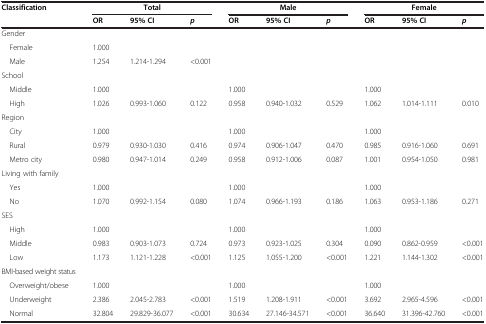
<table><thead><tr><td><b>Classification</b></td><td colspan="3"><b>Total</b></td><td colspan="3"><b>Male</b></td><td colspan="3"><b>Female</b></td></tr><tr><td><b> </b></td><td><b>OR</b></td><td><b>95% CI</b></td><td><b><i>p</i></b></td><td><b>OR</b></td><td><b>95% CI</b></td><td><b><i>p</i></b></td><td><b>OR</b></td><td><b>95% CI</b></td><td><b><i>p</i></b></td></tr></thead><tbody><tr><td>Gender</td><td> </td><td> </td><td> </td><td> </td><td> </td><td> </td><td> </td><td> </td><td> </td></tr><tr><td> Female</td><td>1.000</td><td> </td><td> </td><td> </td><td> </td><td> </td><td> </td><td> </td><td> </td></tr><tr><td> Male</td><td>1.254</td><td>1.214-1.294</td><td>&lt;0.001</td><td> </td><td> </td><td> </td><td> </td><td> </td><td> </td></tr><tr><td>School</td><td> </td><td> </td><td> </td><td> </td><td> </td><td> </td><td> </td><td> </td><td> </td></tr><tr><td> Middle</td><td>1.000</td><td> </td><td> </td><td>1.000</td><td> </td><td> </td><td>1.000</td><td> </td><td> </td></tr><tr><td> High</td><td>1.026</td><td>0.993-1.060</td><td>0.122</td><td>0.958</td><td>0.940-1.032</td><td>0.529</td><td>1.062</td><td>1.014-1.111</td><td>0.010</td></tr><tr><td>Region</td><td> </td><td> </td><td> </td><td> </td><td> </td><td> </td><td> </td><td> </td><td> </td></tr><tr><td> City</td><td>1.000</td><td> </td><td> </td><td>1.000</td><td> </td><td> </td><td>1.000</td><td> </td><td> </td></tr><tr><td> Rural</td><td>0.979</td><td>0.930-1.030</td><td>0.416</td><td>0.974</td><td>0.906-1.047</td><td>0.470</td><td>0.985</td><td>0.916-1.060</td><td>0.691</td></tr><tr><td> Metro city</td><td>0.980</td><td>0.947-1.014</td><td>0.249</td><td>0.958</td><td>0.912-1.006</td><td>0.087</td><td>1.001</td><td>0.954-1.050</td><td>0.981</td></tr><tr><td>Living with family</td><td> </td><td> </td><td> </td><td> </td><td> </td><td> </td><td> </td><td> </td><td> </td></tr><tr><td> Yes</td><td>1.000</td><td> </td><td> </td><td>1.000</td><td> </td><td> </td><td>1.000</td><td> </td><td> </td></tr><tr><td> No</td><td>1.070</td><td>0.992-1.154</td><td>0.080</td><td>1.074</td><td>0.966-1.193</td><td>0.186</td><td>1.063</td><td>0.953-1.186</td><td>0.271</td></tr><tr><td>SES</td><td> </td><td> </td><td> </td><td> </td><td> </td><td> </td><td> </td><td> </td><td> </td></tr><tr><td> High</td><td>1.000</td><td> </td><td> </td><td>1.000</td><td> </td><td> </td><td>1.000</td><td> </td><td> </td></tr><tr><td> Middle</td><td>0.983</td><td>0.903-1.073</td><td>0.724</td><td>0.973</td><td>0.923-1.025</td><td>0.304</td><td>0.090</td><td>0.862-0.959</td><td>&lt;0.001</td></tr><tr><td> Low</td><td>1.173</td><td>1.121-1.228</td><td>&lt;0.001</td><td>1.125</td><td>1.055-1.200</td><td>&lt;0.001</td><td>1.221</td><td>1.144-1.302</td><td>&lt;0.001</td></tr><tr><td>BMI-based weight status</td><td> </td><td> </td><td> </td><td> </td><td> </td><td> </td><td> </td><td> </td><td> </td></tr><tr><td> Overweight/obese</td><td>1.000</td><td> </td><td> </td><td>1.000</td><td> </td><td> </td><td>1.000</td><td> </td><td> </td></tr><tr><td> Underweight</td><td>2.386</td><td>2.045-2.783</td><td>&lt;0.001</td><td>1.519</td><td>1.208-1.911</td><td>&lt;0.001</td><td>3.692</td><td>2.965-4.596</td><td>&lt;0.001</td></tr><tr><td> Normal</td><td>32.804</td><td>29.829-36.077</td><td>&lt;0.001</td><td>30.634</td><td>27.146-34.571</td><td>&lt;0.001</td><td>36.640</td><td>31.396-42.760</td><td>&lt;0.001</td></tr></tbody></table>